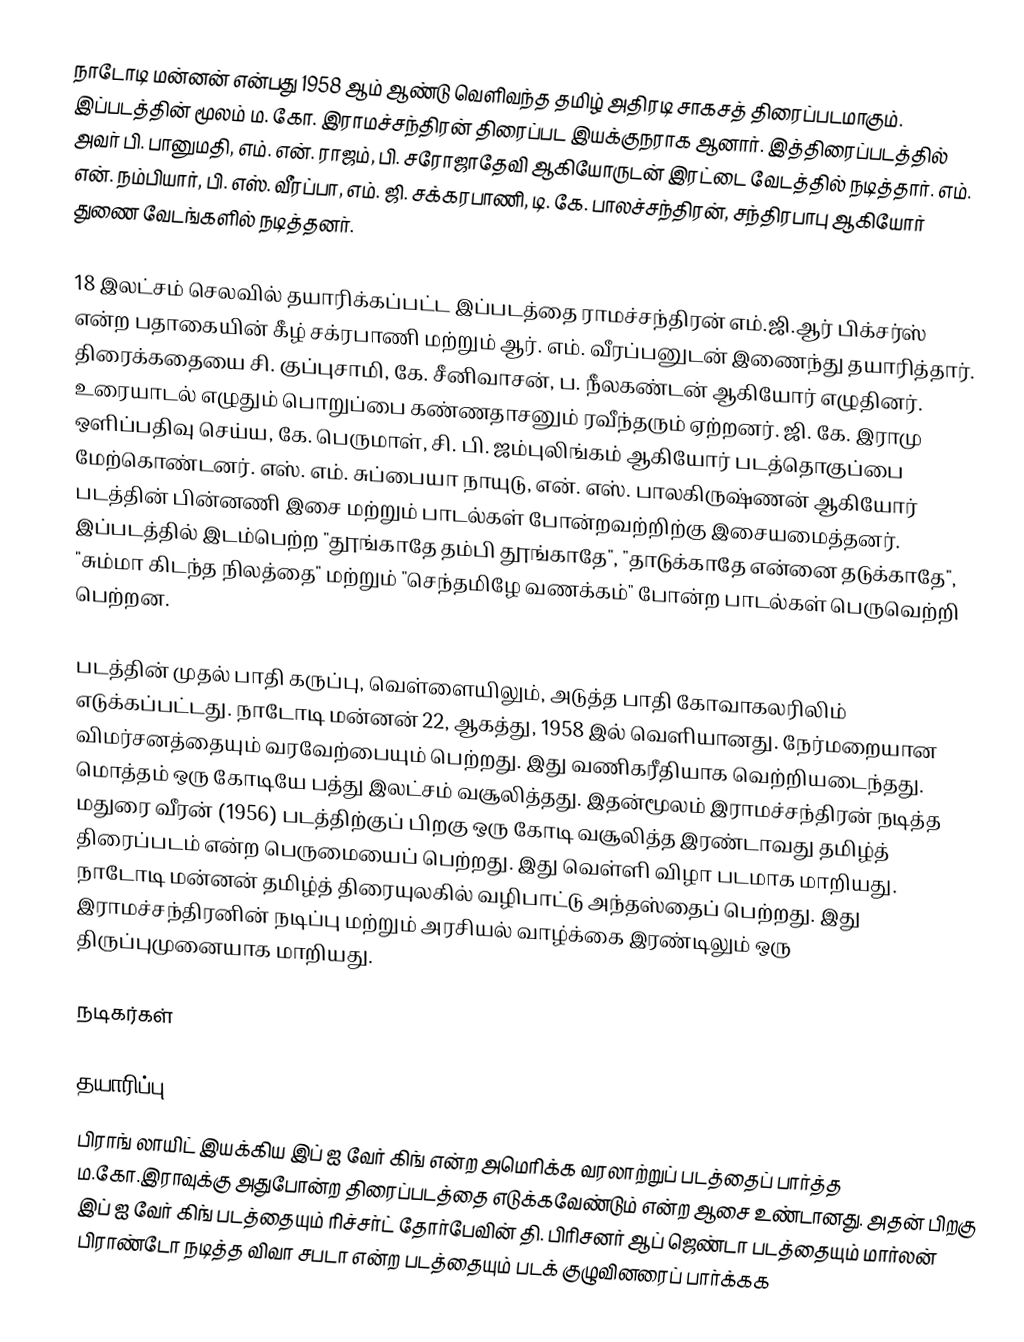
நாடோடி மன்னன் என்பது 1958 ஆம் ஆண்டு வெளிவந்த தமிழ் அதிரடி சாகசத் திரைப்படமாகும். இப்படத்தின் மூலம் ம. கோ. இராமச்சந்திரன் திரைப்பட இயக்குநராக ஆனார். இத்திரைப்படத்தில் அவர் பி. பானுமதி, எம். என். ராஜம், பி. சரோஜாதேவி ஆகியோருடன் இரட்டை வேடத்தில் நடித்தார். எம். என். நம்பியார், பி. எஸ். வீரப்பா,  எம். ஜி. சக்கரபாணி, டி. கே. பாலச்சந்திரன், சந்திரபாபு ஆகியோர் துணை வேடங்களில் நடித்தனர்.

18 இலட்சம் செலவில் தயாரிக்கப்பட்ட இப்படத்தை ராமச்சந்திரன் எம்.ஜி.ஆர் பிக்சர்ஸ் என்ற பதாகையின் கீழ் சக்ரபாணி மற்றும் ஆர். எம். வீரப்பனுடன் இணைந்து தயாரித்தார். திரைக்கதையை சி. குப்புசாமி, கே. சீனிவாசன், ப. நீலகண்டன் ஆகியோர் எழுதினர். உரையாடல் எழுதும் பொறுப்பை கண்ணதாசனும் ரவீந்தரும் ஏற்றனர். ஜி. கே. இராமு ஒளிப்பதிவு செய்ய, கே. பெருமாள், சி. பி. ஜம்புலிங்கம் ஆகியோர் படத்தொகுப்பை மேற்கொண்டனர். எஸ். எம். சுப்பையா நாயுடு, என். எஸ். பாலகிருஷ்ணன் ஆகியோர் படத்தின் பின்னணி இசை மற்றும் பாடல்கள் போன்றவற்றிற்கு இசையமைத்தனர். இப்படத்தில் இடம்பெற்ற "தூங்காதே தம்பி தூங்காதே", "தாடுக்காதே என்னை தடுக்காதே", "சும்மா கிடந்த நிலத்தை" மற்றும் "செந்தமிழே வணக்கம்" போன்ற பாடல்கள் பெருவெற்றி பெற்றன.

படத்தின் முதல் பாதி கருப்பு, வெள்ளையிலும், அடுத்த பாதி கோவாகலரிலிம் எடுக்கப்பட்டது. நாடோடி மன்னன் 22, ஆகத்து, 1958 இல் வெளியானது. நேர்மறையான விமர்சனத்தையும் வரவேற்பையும் பெற்றது. இது வணிகரீதியாக வெற்றியடைந்தது. மொத்தம்  ஒரு கோடியே பத்து இலட்சம் வசூலித்தது. இதன்மூலம் இராமச்சந்திரன் நடித்த மதுரை வீரன் (1956) படத்திற்குப் பிறகு ஒரு கோடி வசூலித்த இரண்டாவது தமிழ்த் திரைப்படம் என்ற பெருமையைப் பெற்றது. இது வெள்ளி விழா படமாக மாறியது. நாடோடி மன்னன் தமிழ்த் திரையுலகில் வழிபாட்டு அந்தஸ்தைப் பெற்றது. இது இராமச்சந்திரனின் நடிப்பு மற்றும் அரசியல் வாழ்க்கை இரண்டிலும் ஒரு திருப்புமுனையாக மாறியது.

நடிகர்கள்

தயாரிப்பு
பிராங் லாயிட் இயக்கிய இப் ஐ வேர் கிங் என்ற அமெரிக்க வரலாற்றுப் படத்தைப் பார்த்த ம.கோ.இராவுக்கு அதுபோன்ற திரைப்படத்தை எடுக்கவேண்டும் என்ற ஆசை உண்டானது. அதன் பிறகு இப் ஐ வேர் கிங் படத்தையும்  ரிச்சர்ட் தோர்பேவின் தி. பிரிசனர் ஆப் ஜெண்டா படத்தையும் மார்லன் பிராண்டோ நடித்த விவா சபடா என்ற படத்தையும் படக் குழுவினரைப் பார்க்கக